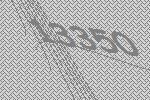
13350